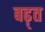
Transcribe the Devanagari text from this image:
बढ़्त